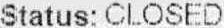
STATUS: CLOSED